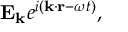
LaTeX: \mathbf { E _ { k } } e ^ { i ( \mathbf { k \cdot r } - \omega t ) } ,